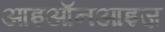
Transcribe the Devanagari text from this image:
आइऑनआइज़